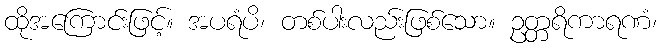
ထိုအကြောင်းဖြင့်။ အပရံပိ၊ တစ်ပါးလည်းဖြစ်သော။ ဥတ္တရိကာရဏံ၊